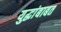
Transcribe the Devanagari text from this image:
युद्धांबाबत